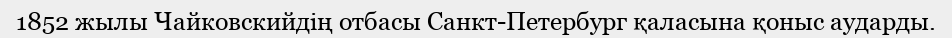
1852 жылы Чайковскийдің отбасы Санкт-Петербург қаласына қоныс аударды.